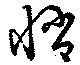
悄